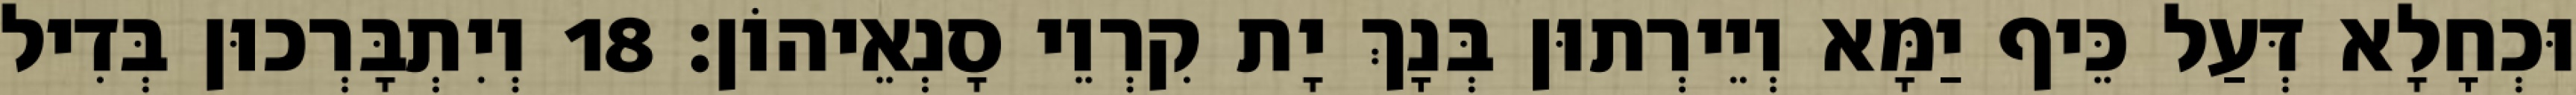
וּכְחָלָא דְּעַל כֵּיף יַמָּא וְיֵירְתוּן בְּנָךְ יָת קִרְוֵי סָנְאֵיהוֹן׃ 18 וְיִתְבָּרְכוּן בְּדִיל